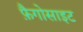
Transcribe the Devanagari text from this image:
फ़ैगोसाइट